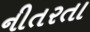
નીતરતા